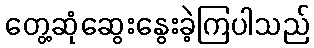
တွေ့ဆုံဆွေးနွေးခဲ့ကြပါသည်